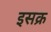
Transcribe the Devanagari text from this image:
इसक्र